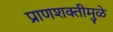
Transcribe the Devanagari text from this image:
प्राणशक्तीमुळे